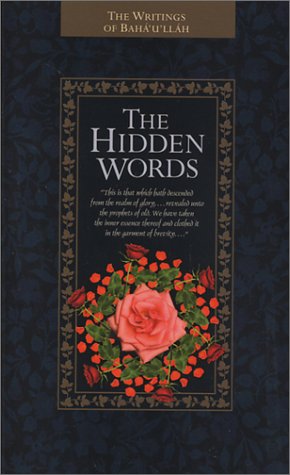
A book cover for The Hidden Words; Baha'u'llah; Religion & Spirituality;